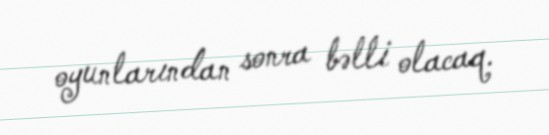
oyunlarından sonra bəlli olacaq.